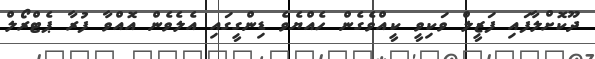
ދޫކޮށްލާފައި ފަޒީލް ވަކިވީ ކީއްވެގެން ހެއްޔެވެ ޑިންގީގައި އެލެވެން އޮއްވާ ފުރާ ޕެޓްރޯލް